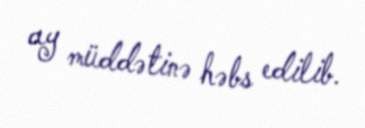
ay müddətinə həbs edilib.